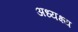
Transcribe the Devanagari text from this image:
अध्यक्ष्य